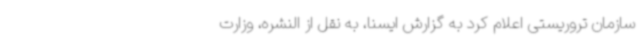
سازمان تروریستی اعلام کرد به گزارش ایسنا، به نقل از النشره، وزارت